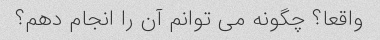
واقعا؟ چگونه می توانم آن را انجام دهم؟